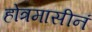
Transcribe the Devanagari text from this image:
होत्रमासीनं